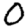
Digit: 0